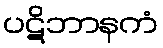
ပဋိဘာနကံ